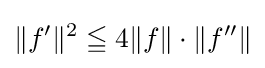
\Vert f^{\prime }\Vert ^{2}\leqq 4\Vert f\Vert \cdot \Vert f''\Vert